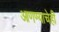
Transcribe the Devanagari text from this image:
आणण्याचेही